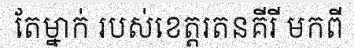
តែម្នាក់ របស់ខេត្តរតនគីរី មកពី